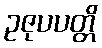
ဥဇုပပတ္တိ